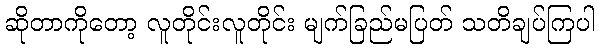
ဆိုတာကိုတော့ လူတိုင်းလူတိုင်း မျက်ခြည်မပြတ် သတိချပ်ကြပါ